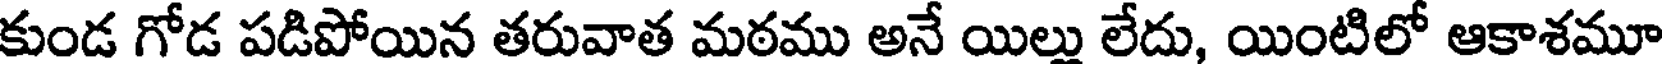
కుండ గోడ పడిపోయిన తరువాత మఠము అనే యిలు లేదు, యింటిలో ఆకాశమూ